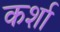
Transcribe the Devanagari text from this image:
कर्शा